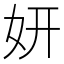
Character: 妍